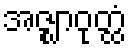
အဇ္ဈာဝုတ္ထံ